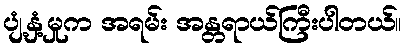
ပျံ့နှံ့မှုက အရမ်း အန္တရာယ်ကြီးပါတယ်။